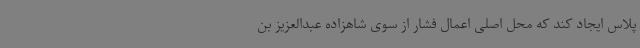
پلاس ایجاد کند که محل اصلی اعمال فشار از سوی شاهزاده عبدالعزیز بن